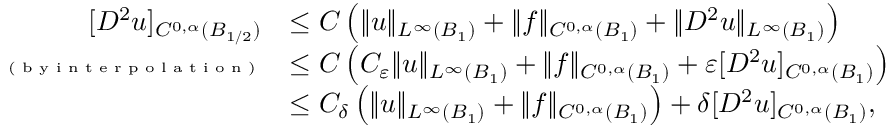
\begin{array} { r l } { [ D ^ { 2 } u ] _ { C ^ { 0 , \alpha } ( B _ { 1 / 2 } ) } } & { \le C \left( \| u \| _ { L ^ { \infty } ( B _ { 1 } ) } + \| f \| _ { C ^ { 0 , \alpha } ( B _ { 1 } ) } + \| D ^ { 2 } u \| _ { L ^ { \infty } ( B _ { 1 } ) } \right) } \\ { \textrm { \tiny ( b y i n t e r p o l a t i o n ) } } & { \le C \left( C _ { \varepsilon } \| u \| _ { L ^ { \infty } ( B _ { 1 } ) } + \| f \| _ { C ^ { 0 , \alpha } ( B _ { 1 } ) } + \varepsilon [ D ^ { 2 } u ] _ { C ^ { 0 , \alpha } ( B _ { 1 } ) } \right) } \\ & { \le C _ { \delta } \left( \| u \| _ { L ^ { \infty } ( B _ { 1 } ) } + \| f \| _ { C ^ { 0 , \alpha } ( B _ { 1 } ) } \right) + \delta [ D ^ { 2 } u ] _ { C ^ { 0 , \alpha } ( B _ { 1 } ) } , } \end{array}